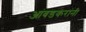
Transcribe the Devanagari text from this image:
आंबडकरांनी